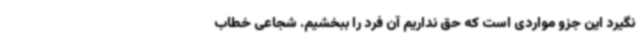
نگیرد این جزو مواردی است که حق نداریم آن فرد را ببخشیم. شجاعی خطاب